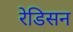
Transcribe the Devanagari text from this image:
रेडिसन